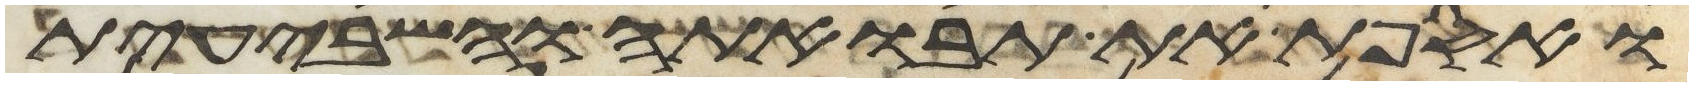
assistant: ואספת את תבואתה והשביעית